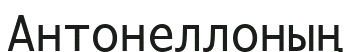
Антонеллоның